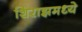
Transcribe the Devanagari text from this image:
शिराझमध्ये